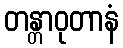
တန္တာဝုတာနံ